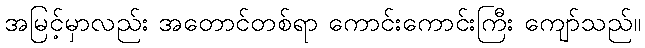
အမြင့်မှာလည်း အတောင်တစ်ရာ ကောင်းကောင်းကြီး ကျော်သည်။